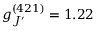
g _ { J ^ { \prime } } ^ { ( 4 2 1 ) } = 1 . 2 2